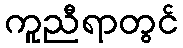
ကူညီရာတွင်